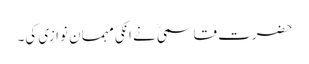
حضرت قاسمیؒ نے انکی مہمان نوازی کی۔